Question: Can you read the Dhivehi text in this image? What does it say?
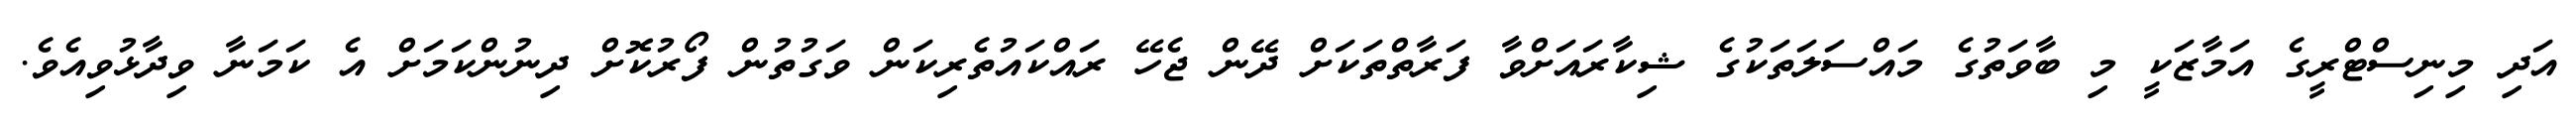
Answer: އަދި މިނިސްޓްރީގެ އަމާޒަކީ މި ބާވަތުގެ މައްސަލަތަކުގެ ޝިކާރައަށްވާ ފަރާތްތަކަށް ދޭން ޖެހޭ ރައްކައުތެރިކަން ވަގުތުން ފޯރުކޮށް ދިނުންކަމަށް އެ ކަމަނާ ވިދާޅުވިއެވެ.